Report on sanitation, dispensaries, and jails in Rajputana for 1916, and on vaccination for the year 1916-1917 - 1916-1917
Year: 1916
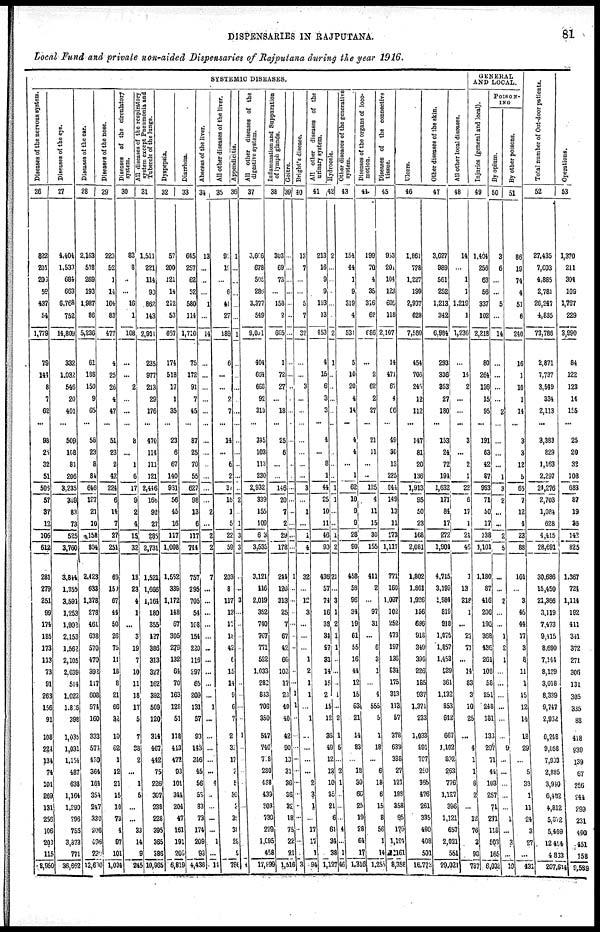
DISPENSARIES IN RAJPUTANA.
81
Local Fund and private non-aided Dispensaries of Rajputana during the year 1916.
SYSTEMIC DISEASES.
Diseases
of the nervous system.
26
822
201
203
59
437
54
1,779
79
144
8
7
62
...
98
25
32
51
506
57
37
1
106
612
281
279
251
99
174
185
173
113
73
91
263
156
91
108
224
134
74
101
289
131
256
106
203
115
8,950
Diseases of the eye.
27
4,404
1,533
684
663
6,768
752
14,809
332
1,032
546
20
401
...
509
108
81
206
3,235
359
83
73
525
3,760
3,844
1,355
3,591
1,253
1,992
2,153
1,562
2,105
2,039
514
1,022
1,806
398
1,035
1,031
1,154
487
638
1,164
1,290
796
758
3,873
771
36,662
Diseases of the ear.
28
2,163
538
269
193
1,987
86
5,236
61
188
150
9
65
...
58
23
8
84
646
127
21
10
158
804
2,423
633
1,378
278
461
638
570
470
392
117
608
574
160
333
574
430
364
164
354
247
330
206
496
230
12,630
Diseases of the nose.
29
223
52
1
14
104
83
477
4
25
26
4
47
...
51
23
2
42
224
6
14
7
27
251
69
150
67
44
50
26
75
11
18
8
21
66
32
10
62
1
12
21
15
10
73
4
97
101
1,034
Diseases of the circulatory
system.
30
83
8
...
...
16
1
108
...
...
2
...
...
...
8
...
1
6
17
9
2
4
15
32
18
23
4
1
...
3
19
7 10
11
18
17
5
7
38
2
...
1
5
...
...
33
14
9
245
All diseases of the respiratory
system except Pneumonia and
Tubercle of the lungs.
31
1,511
221
114
90
867
143
2,941
235
977
213
29
176
...
470
114
111
121
2,446
166
92
27
285
2,731
1,521
1,666
1,164
180
355
427
386
313
327
162
392
509
120
314
467
442
75
226
307
238
228
395
365
386
10,965
Dyspepsia.
32
57
200
121
14
212
53
657
174
518
17
1
35
...
23
6
67
140
931
56
45
16
117
l,098
1,552
339
1,172
148
67
305
279
132
64
70
163
128
51
118
413
472
93
101
334
204
47
161
191
205
6,819
Diarrhœa.
33
645
257
62
52
580
114
1,710
75
172
91
7
45
...
87
25
70
55
627
98
13
6
117
744
757
295
705
54
168
154
220
116
297
65
209
131
57
93
143
246
45
56
53
83
73
174
209
93
4,436
Abscess of the liver.
34
13
...
...
...
1
...
14
...
...
...
...
...
...
...
...
...
...
...
...
2
...
2
2
7
...
...
...
...
...
...
...
...
...
...
1
...
...
...
...
...
4
...
...
...
...
1
...
11
All other diseases of the liver.
35
96
19
...
6
41
27
189
6
...
...
2
7
...
14
...
6
2
37
16
1
5
22
59
203
8
117
12
17
18
42
6
15
14
9
6
7
2
32
17
2
5
30
3
35
38
29
9
766
Appendicitis.
36
1
...
...
...
...
...
1
...
...
...
....
...
...
...
...
...
...
...
2
...
1
3
3
...
...
3
...
...
...
...
...
...
...
...
...
...
1
...
...
...
...
...
...
...
...
...
...
4
All other diseases of the
digestive system.
37
3,606
678
505
285
3,377
549
9,001
404
664
660
92
313
...
345
103
113
230
2,932
339
155
109
63
3,535
3,121
416
2,019
352
740
767
771
522
1,033
282
833
706
350
547
740
78
280
438
439
203
730
279
1,095
458
17,999
Inflammation and Suppuration
of lymph glands.
38
303
69
73
...
158
2
605
1
72
27
...
18
...
25
6
...
...
146
20
7
2
29
178
244
120
313
25
7
67
042
60
102
17
23
40
40
42
90
13
31
36
36
32
18
75
22
21
1,516
Goitre.
39
...
...
...
...
...
...
...
...
...
...
...
...
...
...
...
...
...
...
...
...
...
...
...
1
...
...
...
...
...
...
...
...
...
1
1
...
...
...
...
...
...
...
...
...
...
...
...
3
Bright's disease.
40
13
7
...
...
5
7
32
...
...
3
...
...
...
...
...
...
...
3
...
1
...
1
4
32
...
12
3
...
...
...
1
2
1
1
...
1
...
...
...
...
2
3
1
...
17
17
1
94
All other diseases of the
urinary system.
41
213
16
9
9
193
13
453
4
15
6
3
3
...
4
...
8
1
44
25
10
11
46
90
436
57
74
16
38
34
47
31
14
15
2
15
12
36
49
12
12
10
35
21
6
61
34
38
1,127
Hydrocele.
42
2
...
...
...
...
...
2
1
...
...
...
...
...
...
...
...
...
1
1
...
...
1
2
21
...
3
1
2
1
1
...
...
...
1
...
2
1
5
...
2
1
...
...
...
4
...
1
46
Other diseases of the generative
system.
43
154
44
1
9
319
4
531
5
10
20
4
14
...
4
4
...
...
62
10
9
9
28
90
458
58
96
34
19
61
55
16
44
12
15
63
21
14
83
...
18
30
66
25
19
28
64
17
1,316
Diseases
of the organs of loco-
motion.
44
199
70
4
35
316
62
686
...
2
62
2
27
...
21
11
...
...
125
4
11
15
30
155
411
2
...
97
31
...
6
3
1
...
4
555
5
1
18
...
6
18
6
15
8
56
1
14
1,255
Diseases of the connective
tissue.
45
953
201
104
123
605
118
2,107
14
471
67
4
66
...
49
30
13
225
944
149
13
11
173
1,117
771
160
1,097
102
252
473
197
136
834
175
313
113
57
378
639
36
27
121
188
358
95
179
1,194
161
8,358
Ulcers.
46
1,861
728
1,227
199
2,937
628
7,580
454
706
245
12
112
...
147
81
20
136
1,913
95
50
23
168
2,081
1,802
1,861
1,926
156
696
916
349
396
26
185
937
1,371
233
1,033
891
707
250
365
476
261
335
490
408
501
16,773
Other diseases of the skin.
47
3,627
989
561
252
1,213
342
6,984
293
336
353
27
180
...
153
24
72
194
1,632
171
84
17
272
1,904
4,715
3,199
1,984
819
91
1,075
1.857
1.453
529
361
1.132
853
642
667
1,102
802
263
776
1,127
396
1,121
657
2,021
551
29,021
All other local diseases.
48
14
...
1
1
1,219
1
1,236
...
14
2
...
...
...
3
...
2
1
22
6
17
1
21
46
1
13
218
1
...
27
71
...
14
83
3
10
25
...
4
1
1
6
2
...
12
76
3
90
787
GENERAL
AND LOCAL.
Injuries (general and local).
49
1,404
256
63
56
337
102
2,218
80
264
126
15
95
...
191
63
42
87
963
71
50
17
138
1,101
1,180
87
416
206
196
368
436
261
108
58
251
248
181
133
297
71
44
103
257
71
271
118
503
165
6,032
POISONING
By opium.
50
3
6
...
...
5
...
14
...
...
...
...
2
...
...
...
...
1
3
2
...
...
2
5
...
...
2
...
...
1
2
1
...
...
...
...
...
...
9
...
...
...
...
...
1
...
3
...
10
By other poisons.
51
86
19
74
4
51
6
240
16
1
10
1
14
...
3
3
12
5
65
7
12
4
23
88
101
...
3
46
44
17
3
8
11
1
15
12
14
18
29
...
5
38
1
11
24
3
27
...
431
Total number of Out-door patients.
52
27,435
7,603
4,885
2,781
26,247
4,835
73,786
2,871
7,737
3,549
334
2,113
...
3,383
829
1,163
2,297
24,276
2,703
1,084
628
4,415
28,691
30,686
15,450
21,366
3,119
7,473
9,115
8,690
7,144
8,129
3,018
8,339
9,747
2,932
6,248
9,058
7,903
2,885
3,940
6,402
4,812
5,872
5,469
12,454
4833
207,614
Operations.
53
1,370
211
304
109
1,767
229
3,990
84
122
123
14
155
...
25
20
32
108
683
87
19
36
142
825
1,367
724
1,114
192
411
341
372
271
306
131
305
335
88
418
939
139
67
256
244
299
231
400
451
158
9,589